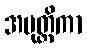
အပုတ္တိကာ